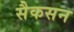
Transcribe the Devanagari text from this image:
सैकसन